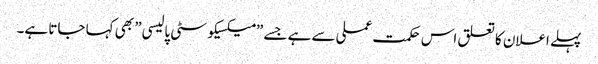
پہلے اعلان کا تعلق اس حکمت عملی سے ہے جسے ”میکسیکو سٹی پالیسی” بھی کہا جاتا ہے۔